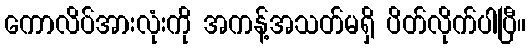
ကောလိပ်အားလုံးကို အကန့်အသတ်မရှိ ပိတ်လိုက်ပါပြီ။